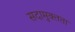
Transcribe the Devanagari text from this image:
सदामुक्तता